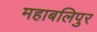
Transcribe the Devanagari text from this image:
महाबलिपुर